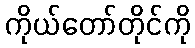
ကိုယ်တော်တိုင်ကို